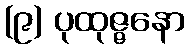
(၉) ပုထုဇ္ဇနော